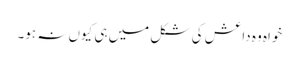
خواہ وہ داعش کی شکل میں ہی کیوں نہ ہو۔